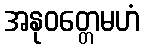
အနုဝတ္တေမဟံ